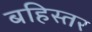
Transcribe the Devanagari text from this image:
बहिस्तर